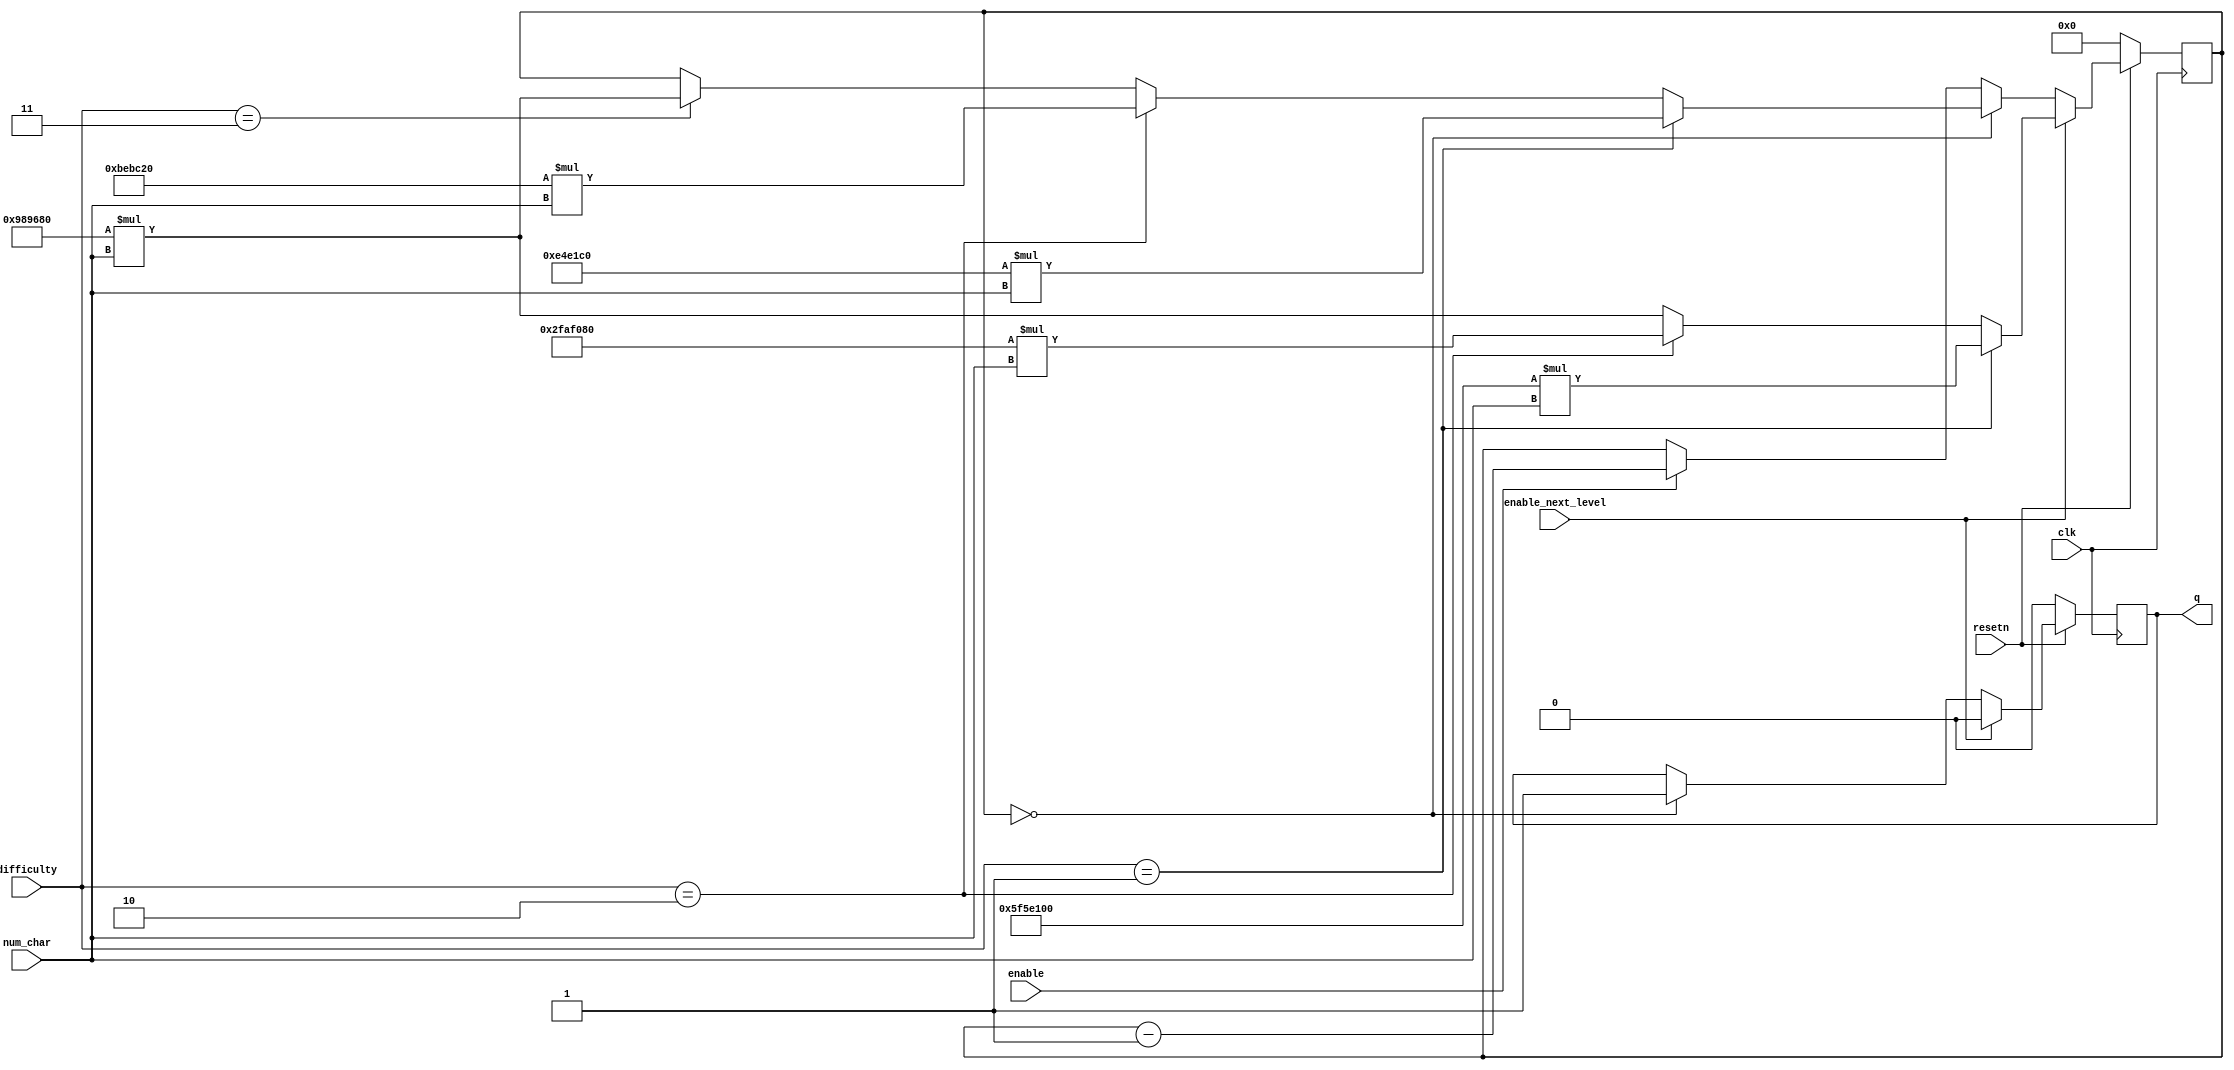
 
//countdown timer, for custom amounts of time
 module timer_3s(clk,q,enable,resetn,enable_next_level,num_char,difficulty);//150M
			input clk;
			input enable_next_level;
			input [7:0] num_char;
			input [1:0] difficulty;
			output reg q;
			input enable;
			input resetn;
			reg [27:0] counter;
			reg [5:0] level_counter;  

			always@(posedge clk) begin
				if(!resetn) begin
					counter <= 27'd0;
					level_counter <= 27'd0;
					q <= 0;
				end
				else if(enable_next_level) begin
					if(difficulty == 1)
						counter <= 27'd100000000 * num_char;
					else if (difficulty == 2)
						counter <= 27'd50000000 * num_char;
					else
						counter <= 27'd10000000 * num_char;
					q <= 0;
				end
				else if (!counter)begin
					if(difficulty == 1)
						counter <= 27'd15000000 * num_char;
					else if (difficulty == 2)
						counter <= 27'd12500000 * num_char;
					else if (difficulty == 3)
						counter <= 27'd10000000 * num_char;
					q <= 1;
				end
				else if (enable)
					counter <= counter-1;
			end
endmodule